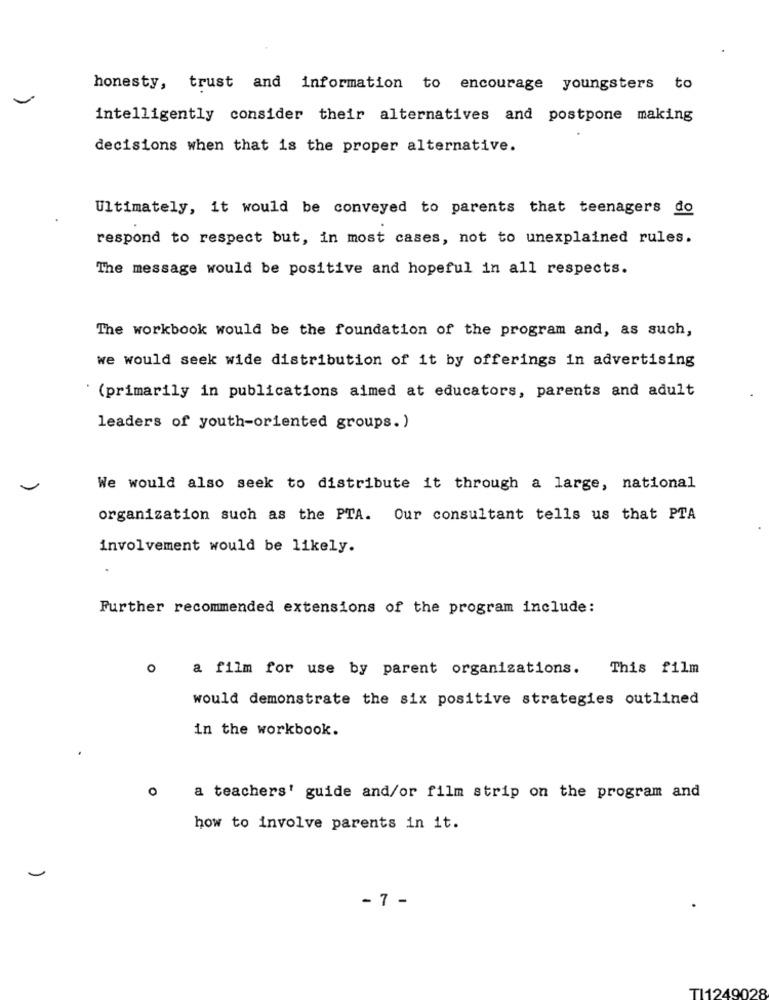
honesty, trust and information to encourage youngsters to
intelligently consider their alternatives and postpone making
decisions when that is the proper alternative.
Ultimately, it would be conveyed to parents that teenagers do
respond to respect but, in most cases, not to unexplained rules.
The message would be positive and hopeful in all respects.
The workbook would be the foundation of the program and, as such,
we would seek wide distribution of it by offerings in advertising
(primarily in publications aimed at educators, parents and adult
leaders of youth-oriented groups. )
We would also seek to distribute it through a large, national
organization such as the PTA. Our consultant tells us that PTA
involvement would be likely.
Further recommended extensions of the program include:
a film for use by parent organizations. This film
would demonstrate the six positive strategies outlined
in the workbook.
0
a teachers' guide and/or film strip on the program and
how to involve parents in it.
- 7 -
TI1249028